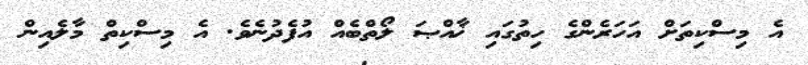
އެ މިސްކިތަށް އަހަރެންގެ ހިތުގައި ޚާއްޞަ ލޯތްބެއް އުފެދުނެވެ. އެ މިސްކިތް މާލެއިން